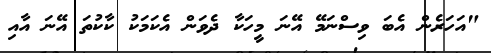
"އަހަރެން އެބަ ވިސްނަމޭ އޭނަ މީހަކާ ދެވަން އެކަމަކު ކާކުތަ އޭނަ އާއި